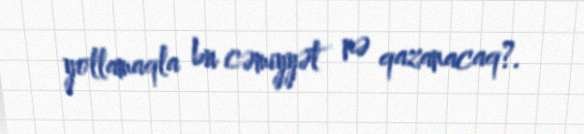
yollamaqla bu cəmiyyət nə qazanacaq?.